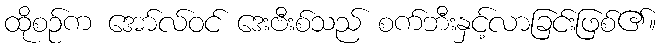
ထိုစဉ်က အော်လ်ဝင် ဒေးဗီးစ်သည် စက်ဘီးနှင့်လာခြင်းဖြစ်၏။